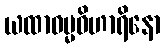
ယထာဓမ္မဝိဟာရိနော